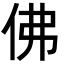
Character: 佛